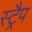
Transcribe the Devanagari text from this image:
स्ट्रैप